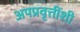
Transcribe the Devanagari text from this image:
अपप्रवृत्तींशी